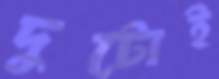
দুটোই